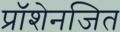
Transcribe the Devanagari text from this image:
प्रॉशेनजित